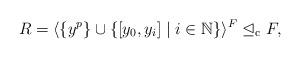
LaTeX: \begin{align*}R = \langle \{ y^p \} \cup \{ [y_0,y_i] \mid i\in \mathbb{N} \}\rangle^F \trianglelefteq_\mathrm{c} F,\end{align*}